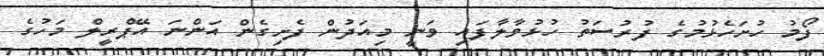
ފޯމު ހުށަހެޅުމުގެ ފުރުސަތު ހުޅުވާލާފައި ވަނީ މިއަދުން ފެށިގެން އަންނަ އޭޕްރީލް މަހުގެ